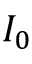
I _ { 0 }